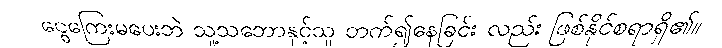
ငွေကြေးမပေးဘဲ သူ့သဘောနှင့်သူ တက်၍နေခြင်း လည်း ဖြစ်နိုင်စရာရှိ၏။